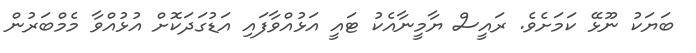
ބަޔަކު ނޫޅޭ ކަމަށެވެ. ރައީސް ޔާމީނާއެކު ޓައީ އަޅުއްވާފައި އަޑުގަދަކޮށް އުޅުއްވާ މެމްބަރުން